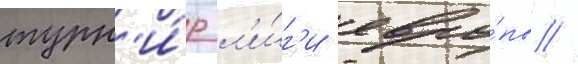
турн'и́р л'и́г'и евро́пы //